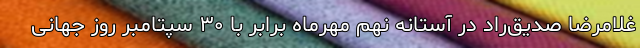
غلامرضا صدیق‌راد در آستانه نهم مهرماه برابر با ۳۰ سپتامبر روز جهانی